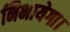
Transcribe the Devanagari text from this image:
निभायेगा।